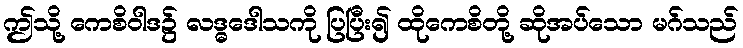
ဤသို့ ကေစိဝါဒ၌ လဒ္ဓဒေါသကို ပြပြီး၍ ထိုကေစိတို့ ဆိုအပ်သော မဂ်သည်